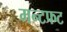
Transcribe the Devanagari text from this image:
मन्टफट